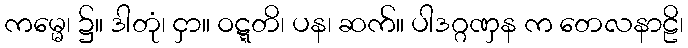
ကမ္မေ၊ ၌။ ဒါတုံ၊ ငှာ။ ဝဋ္ဋတိ၊ ပန၊ ဆက်။ ပါဒဂ္ဂဏှန က တေလနာဠိ၊